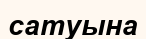
сатуына